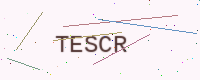
Text: TESCR